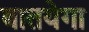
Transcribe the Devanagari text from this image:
बातयेगा